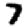
Digit: 7